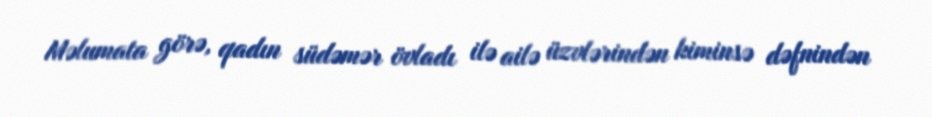
Məlumata görə, qadın südəmər övladı ilə ailə üzvlərindən kiminsə dəfnindən